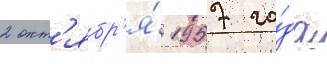
2 окт'ябр'я́ 1957 го́да